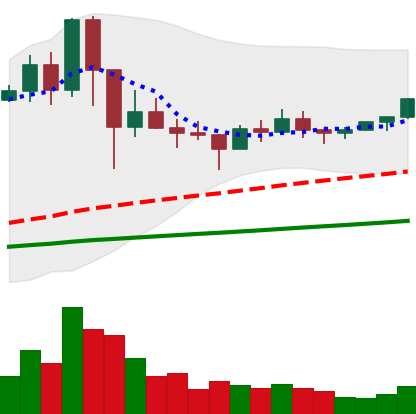
Ticker: NEO-USD
Chart end date: 2021-03-09
Forward return: -6.658%
Label: down_5_7